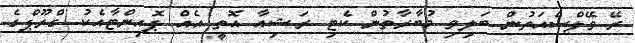
ރޭ ވޭލްސްއަތުން ބަލިވި މުބާރާތުން ކެޓި ރަޝިއާ އޮތީ އެއް ޕޮއިންޓާއެކު ގްރޫޕްގެ